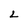
Character: L